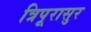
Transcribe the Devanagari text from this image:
त्रिपूरासुर